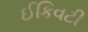
ઈકિવટી